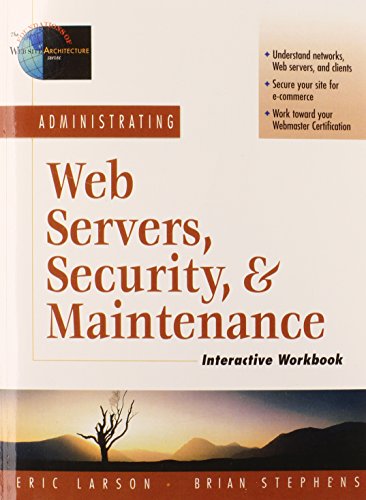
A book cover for Administrating Web Servers, Security, & Maintenance Interactive Workbook; Eric Larson; Computers & Technology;